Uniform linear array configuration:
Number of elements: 48
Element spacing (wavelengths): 0.5
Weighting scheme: hann
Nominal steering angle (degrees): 30
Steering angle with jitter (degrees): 31.96
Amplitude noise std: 0.05
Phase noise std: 0.05

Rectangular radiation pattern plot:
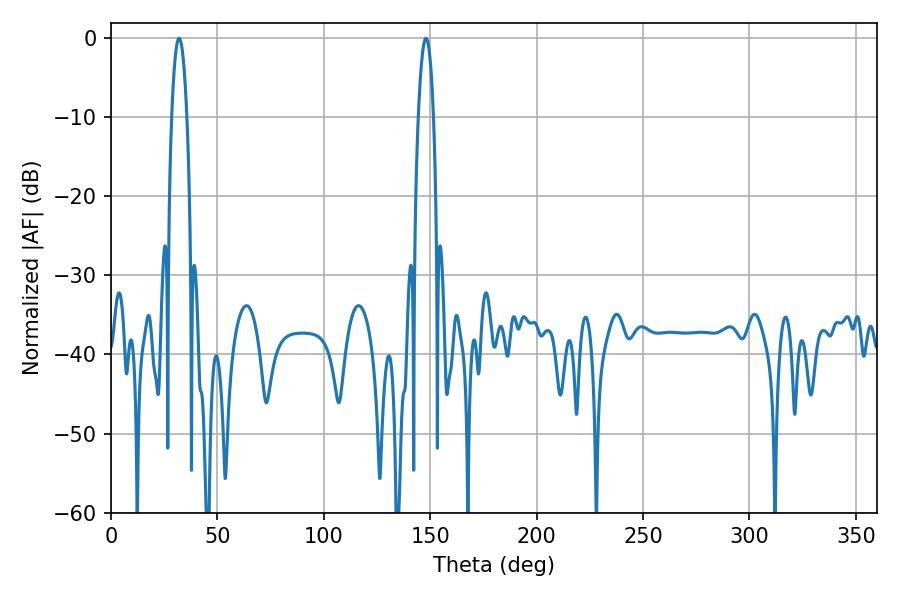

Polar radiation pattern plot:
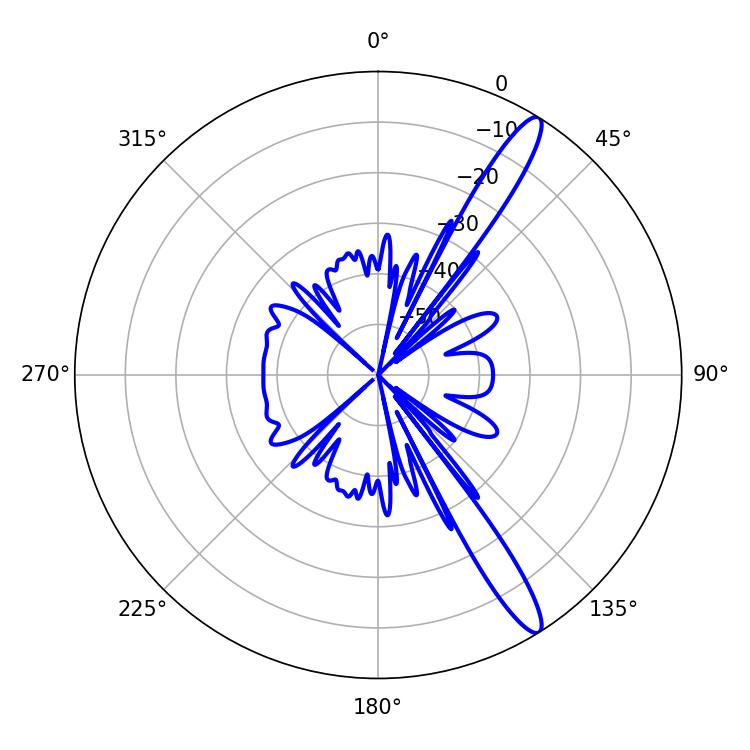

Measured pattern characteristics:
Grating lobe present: FALSE
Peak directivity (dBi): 14.025
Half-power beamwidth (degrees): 3.96
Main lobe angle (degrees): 32.04